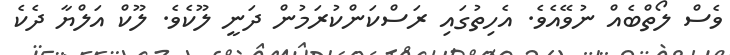
ވެސް ލޯތްބެއް ނުވޭއެވެ. އެހިތުގައި ރަސްކަންކުރަމުން ދަނީ ލޫކެވެ. ލޫކް އަލްޔާ ދެކެ